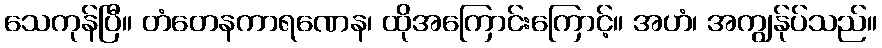
သေကုန်ပြီ။ တံတေနကာရဏေန၊ ထိုအကြောင်းကြောင့်။ အဟံ၊ အကျွန်ုပ်သည်။